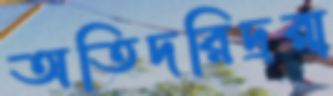
অতিদরিদ্ররা